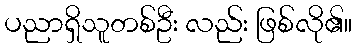
ပညာရှိသူတစ်ဦး လည်း ဖြစ်လို၏။